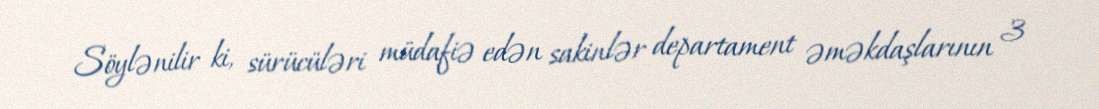
Söylənilir ki, sürücüləri müdafiə edən sakinlər departament əməkdaşlarının 3